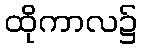
ထိုကာလ၌